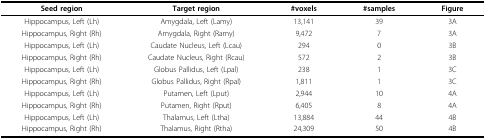
| Seed region | Target region | #voxels | #samples | Figure |
 | --- | --- | --- | --- | --- |
 | Hippocampus, Left (Lh) | Amygdala, Left (Lamy) | 13,141 | 39 | 3A |
 | Hippocampus, Right (Rh) | Amygdala, Right (Ramy) | 9,472 | 7 | 3A |
 | Hippocampus, Left (Lh) | Caudate Nucleus, Left (Lcau) | 294 | 0 | 3B |
 | Hippocampus, Right (Rh) | Caudate Nucleus, Right (Rcau) | 572 | 2 | 3B |
 | Hippocampus, Left (Lh) | Globus Pallidus, Left (Lpal) | 238 | 1 | 3C |
 | Hippocampus, Right (Rh) | Globus Pallidus, Right (Rpal) | 1,811 | 1 | 3C |
 | Hippocampus, Left (Lh) | Putamen, Left (Lput) | 2,944 | 10 | 4A |
 | Hippocampus, Right (Rh) | Putamen, Right (Rput) | 6,405 | 8 | 4A |
 | Hippocampus, Left (Lh) | Thalamus, Left (Ltha) | 13,884 | 44 | 4B |
 | Hippocampus, Right (Rh) | Thalamus, Right (Rtha) | 24,309 | 50 | 4B |